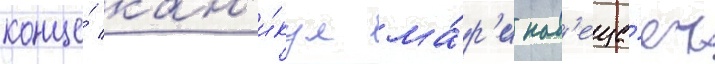
конце́ кан'и́кул ма́р'и нав'еща́ет